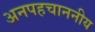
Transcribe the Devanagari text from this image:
अनपहचाननीय